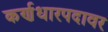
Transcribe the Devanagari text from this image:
कर्णधारपदावर